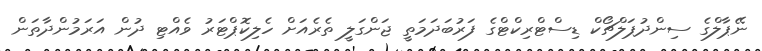
ނޭޕާލްގެ ސިންދުޕަލްޗޯކް ޑިސްޓްރިކްޓްގެ ފަރުބަދަމަތީ ޖަންގަލީ ތެރެއަށް ހެލިކޮޕްޓަރު ވެއްޓި ދުން އަރަމުންދާތަން